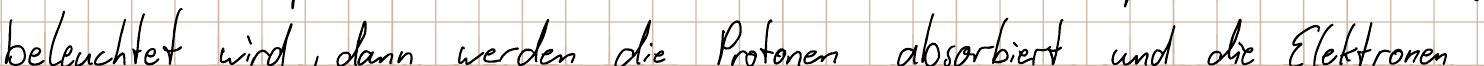
beleuchtet wird, dann werden die Protonen absorbiert und die Elektronen